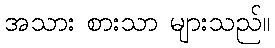
အသား စားသာ များသည်။